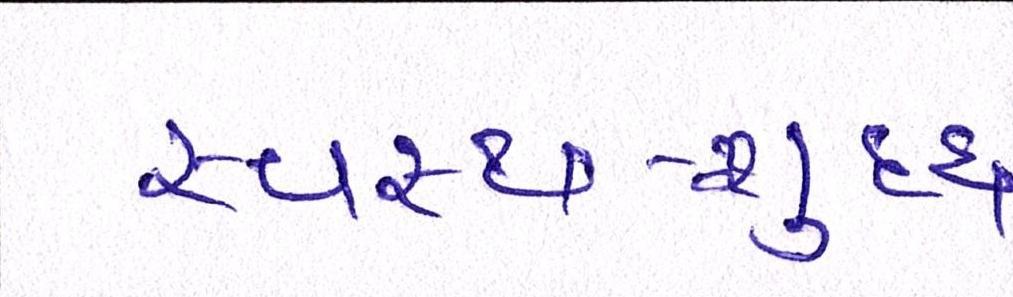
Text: સ્વસ્થ-શુદ્ધ